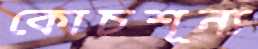
কোচশূন্য